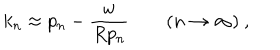
k _ { n } \approx p _ { n } - \frac { w } { R p _ { n } } \qquad ( n \to \infty ) \ ,